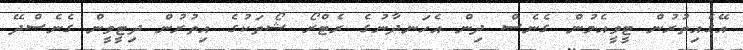
އޭގެއިތުރުން ޓީވީއެމުން ގެނެސް ދިން އެހަނދާނުގެ ރެޓްރޯ ޝޯތަކުގެ އިތުރުން ދިޓީވީން ގެނެސްދޭ